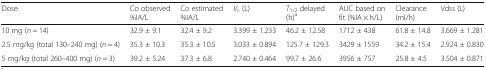
| Dose | Co observed %IA/L | Co estimated %IA/L | Vc (L) | T1/2 delayed (h)a | AUC based on fit (%IA × h/L) | Clearance (ml/h) | Vdss (L) |
 | --- | --- | --- | --- | --- | --- | --- | --- |
 | 10 mg (n = 14) | 32.9 ± 9.1 | 32.4 ± 9.2 | 3.399 ± 1.233 | 46.2 ± 12.58 | 1712 ± 438 | 61.8 ± 14.8 | 3.669 ± 1.281 |
 | 2.5 mg/kg (total 130–240 mg) (n = 4) | 35.3 ± 10.3 | 35.3 ± 10.5 | 3.033 ± 0.894 | 125.7 ± 129.3 | 3429 ± 1559 | 34.2 ± 15.4 | 2.924 ± 0.830 |
 | 5 mg/kg (total 260–400 mg) (n = 3) | 39.2 ± 5.24 | 37.3 ± 6.8 | 2.740 ± 0.464 | 99.7 ± 26.6 | 3956 ± 757 | 25.8 ± 4.5 | 3.504 ± 0.871 |